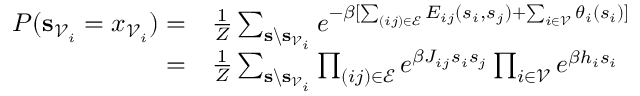
\begin{array} { r l } { P ( \mathbf { s } _ { \mathcal { V } _ { i } } = x _ { \mathcal { V } _ { i } } ) = } & { \frac { 1 } { Z } \sum _ { \mathbf { s } \backslash \mathbf { s } _ { \mathcal { V } _ { i } } } e ^ { - \beta [ \sum _ { ( i j ) \in \mathcal { E } } E _ { i j } ( s _ { i } , s _ { j } ) + \sum _ { i \in \mathcal { V } } \theta _ { i } ( s _ { i } ) ] } } \\ { = } & { \frac { 1 } { Z } \sum _ { \mathbf { s } \backslash \mathbf { s } _ { \mathcal { V } _ { i } } } \prod _ { ( i j ) \in \mathcal { E } } e ^ { \beta J _ { i j } s _ { i } s _ { j } } \prod _ { i \in \mathcal { V } } e ^ { \beta h _ { i } s _ { i } } } \end{array}